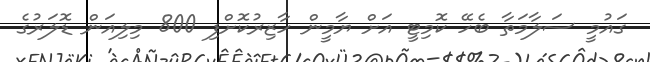
ގައުމީ ސަލާމަތާ ބެހޭ ކޮމިޓީ އަށް ޔާމީން ހާޒިރުކޮށްފި 800 މިލިއަން ޑޮލަރުގެ